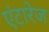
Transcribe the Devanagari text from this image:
एंटारेज